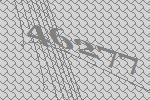
46277